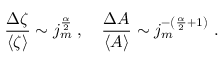
\frac { \Delta \zeta } { \langle \zeta \rangle } \sim j _ { m } ^ { \frac { \alpha } { 2 } } \; , \quad \frac { \Delta A } { \langle A \rangle } \sim j _ { m } ^ { - \left( \frac { \alpha } { 2 } + 1 \right) } \ .